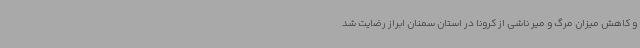
و کاهش میزان مرگ و میر ناشی از کرونا در استان سمنان ابراز رضایت شد